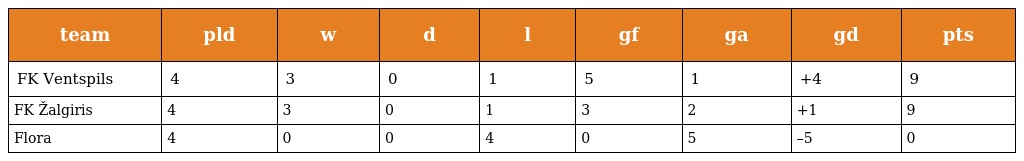
| team | pld | w | d | l | gf | ga | gd | pts |
 | --- | --- | --- | --- | --- | --- | --- | --- | --- |
 | FK Ventspils | 4 | 3 | 0 | 1 | 5 | 1 | +4 | 9 |
 | FK Žalgiris | 4 | 3 | 0 | 1 | 3 | 2 | +1 | 9 |
 | Flora | 4 | 0 | 0 | 4 | 0 | 5 | –5 | 0 |